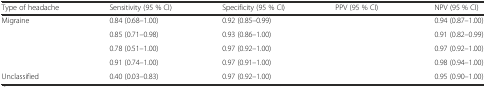
<table><thead><tr><td><b>Type of headache</b></td><td><b>Sensitivity (95 % CI)</b></td><td><b>Specificity (95 % CI)</b></td><td><b>PPV (95 % CI)</b></td><td><b>NPV (95 % CI)</b></td></tr></thead><tbody><tr><td>Migraine</td><td>0.84 (0.68–1.00)</td><td>0.92 (0.85–0.99)</td><td>[EMPTY_CELL]</td><td>0.94 (0.87–1.00)</td></tr><tr><td>[EMPTY_CELL]</td><td>0.85 (0.71–0.98)</td><td>0.93 (0.86–1.00)</td><td>[EMPTY_CELL]</td><td>0.91 (0.82–0.99)</td></tr><tr><td>[EMPTY_CELL]</td><td>0.78 (0.51–1.00)</td><td>0.97 (0.92–1.00)</td><td>[EMPTY_CELL]</td><td>0.97 (0.92–1.00)</td></tr><tr><td>[EMPTY_CELL]</td><td>0.91 (0.74–1.00)</td><td>0.97 (0.91–1.00)</td><td>[EMPTY_CELL]</td><td>0.98 (0.94–1.00)</td></tr><tr><td>Unclassified</td><td>0.40 (0.03–0.83)</td><td>0.97 (0.92–1.00)</td><td>[EMPTY_CELL]</td><td>0.95 (0.90–1.00)</td></tr></tbody></table>